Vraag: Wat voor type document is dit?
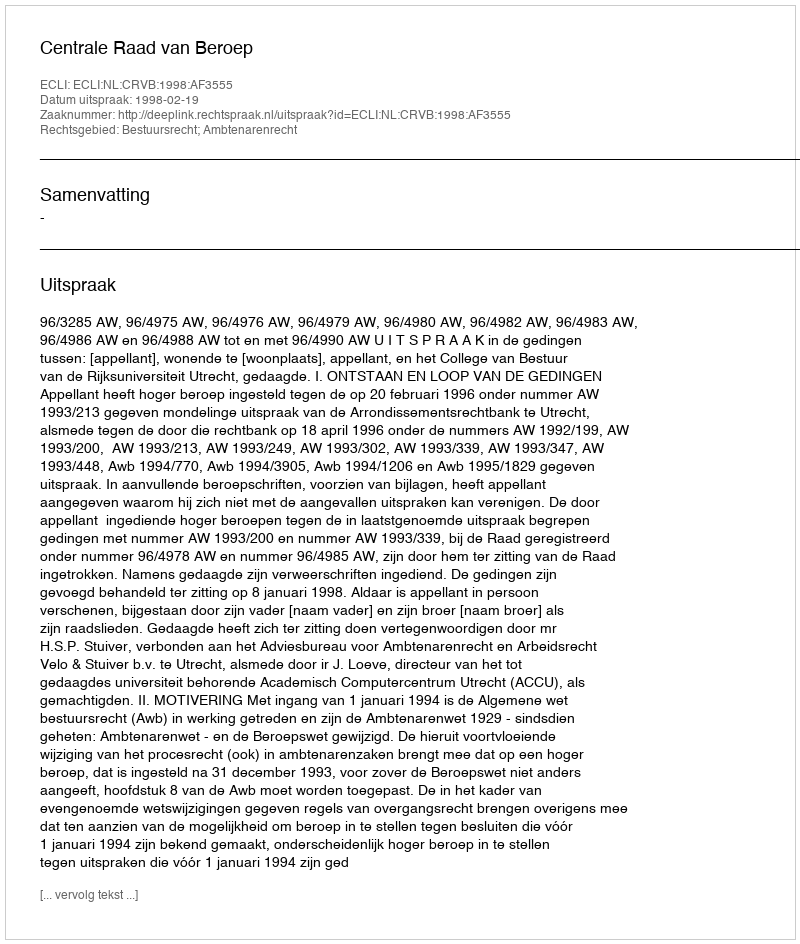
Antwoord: Uitspraak